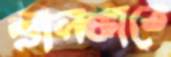
শ্রীলঙ্কাতে